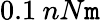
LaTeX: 0.1\: nN\mathtt{m}